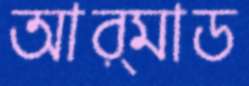
আর্মাড